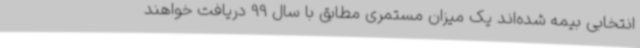
انتخابی بیمه شده‌اند یک میزان مستمری مطابق با سال 99 دریافت خواهند